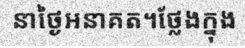
នាថ្ងៃអនាគត។ថ្លែងក្នុង